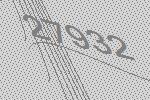
27932